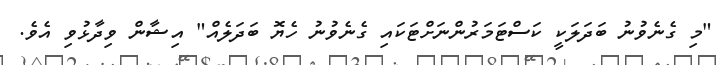
"މި ގެނެވުނު ބަދަލަކީ ކަސްޓަމަރުންނަށްޓަކައި ގެނެވުނު ހެޔޮ ބަދަލެއް" އިޝާން ވިދާޅުވި އެވެ.